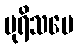
ပုရိသပေ